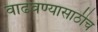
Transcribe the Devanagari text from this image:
वाढवण्यासाठीच